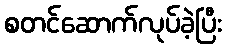
စတင်ဆောက်လုပ်ခဲ့ပြီး